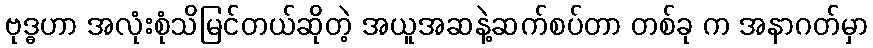
ဗုဒ္ဓဟာ အလုံးစုံသိမြင်တယ်ဆိုတဲ့ အယူအဆနဲ့ဆက်စပ်တာ တစ်ခု က အနာဂတ်မှာ